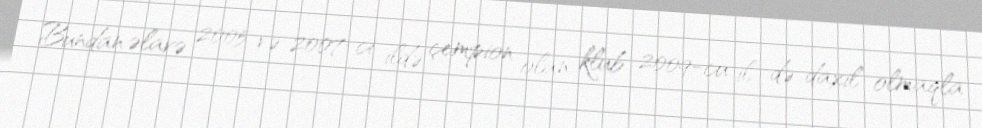
Bundan əlavə 2005 və 2007-ci ildə çempion olan klub 2009-cu il də daxil olmaqla